Annual report on the lock hospitals of the Madras Presidency
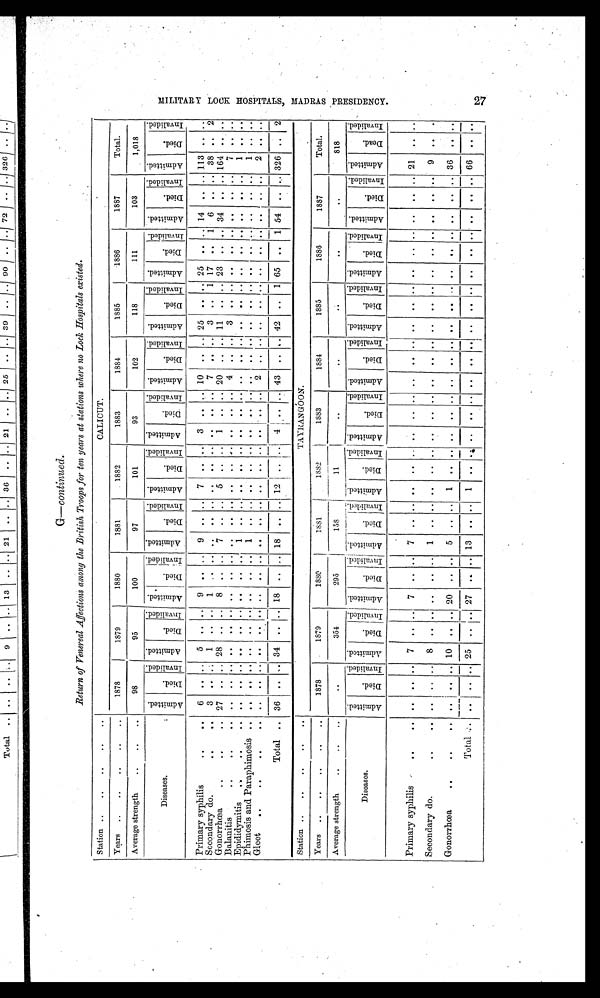
G—continued.
Return of Venereal Affections among the British Troops for ten years at stations where no Lock Hospitals existed.
S tation ..
..
. II .. ..
CALICUT.
Years ..
..
..
..
..
1878
1879
1880
1881
1882
1883
1884
1885
1886
1887
Total.
Average strength
..
..
..
98
95
100
97
101
93
102
118
111
103
1,018
Diseases .
. A d m i t t e d .
D i e d .
I n v a l i d e d .
A d m i t t e d .
Died.
I n v a l i d e d .
A d m i t t e d .
D i e d .
I n v a l i d e d . A d m i t t e d .
Died.
I n v a l i d e d .
A d m i t t e d .
D i e d .
I n v a l i d e d . I n v a l i d e d .
A d m i t t e d .
D i e d .
I n v a l i d e d .
A d m i t t e d .
Died.
I n v a l i d e d .
A d m i t t e d .
D i e d .
I n v a l i d e d . Ad mi t t e d .
Died.
I n v a l i d e d .
A d m i t t e d .
Di e d .
I n v a l i d e d . Admi t t ed.
D i e d .
I n v a l i d e d .
Primary syphilis
..
..
6
.. ..
5
.. ..
9
.. ..
9
.. ..
7
.. ..
3
. . . . 10
.. ..
25
. .
. . 25 ..
.. 14
.. .. 113
. .
. .
Secondary do.
..
..
3
. . ..
1
. .
. .
1 ..
. .
. . ..
. .
. .
. .
. .
. .
. .
. . 7
.. ..
3
. .
1 17 ..
1
6
.. ..
38 ..
5
Gonorrhœa
..
..
..
27
. .
28
..
. . 8 ..
. . 7
.. ..
5
.. ..
1
. .
. . 2
.. .. 11
. .
. . 23
..
.. 34
.. .. 164
. . . .
Balanitis
..
..
. .
. . ..
. . ..
. .
.. ..
. . . .
..
. .
..
. .
. . .
. .
. .
. . 4 .. ..
3
. .
. . ..
..
..
..
.. ..
. .
. . . .
Epididymitis
..
..
..
..
. . ..
. .
..
. .
..
..
. .
1
..
. . ..
..
. . ..
. . ..
..
.. .. ..
..
. . ..
.. ..
..
.. ..
1
. .
. .
Phimosis and Paraphimosis ..
. .
. . ..
. .
. .
. .
.. ..
. . 1
..
. .
..
. .
. .
. .
. .
. . ..
.. ..
..
. .
. .
..
..
..
..
.. ..
1
. .
. .
Gleet
..
..
..
. .
. . ..
. . ..
. . ..
..
. .
. . ..
. . ..
. .
. .
. .
. .
. . 2 .. ..
..
. .
. .
..
..
.. ..
.. ..
2
. . . .
Total ..
36
.. .. 34
.. .. 18
.. .. 18
.. .. 12
..
. .
. . .. .. 43
.. .. 42
..
1 65
..
1 54
.. .. 326 ..
5
Station ..
..
..
..
..
TAYRANGOON.
Years
..
..
..
..
..
1878
1879
1880
1881
1882
1883
1884
1885
1886
1887
Total.
Average strength
..
..
..
..
354
295
158
11
..
. .
. .
. .
..
818
D i s e a s e s .
A d m i t t e d .
D i e d .
I nval i ded.
A d m i t t e d .
Died.
I n v a l i d e d .
A d m i t t e d .
D i e d . I n v a l i d e d .
A d m i t t e d .
D i e d . I n v a l i d e d .
A d m i t t e d . D i e d .
I n v a l i d e d . A d m i t t e d .
D i e d .
I n v a l i d e d .
A d m i t t e d .
Di e d .
I nval i ded. Ad mi t t e d .
D i e d
.
I n v a l i d e d
.
Ad mi t t e d .
D i e d
. I nval i ded.
A d m i t t e d .
D i e d .
I nval i ded. Admi t t ed.
D i e d .
I n v a l i d e d .
Primary syphilis . .. ..
. . .. ..
7
. .
. . 7
..
. . 7 ..
. . ..
. . .. ..
. .
. . ..
.. ..
..
..
. . ,.
.. .. ..
.. .. 21
. .
. .
Secondary do.
.. ..
. .
. . ..
8
..
. . .. ..
. . 1 ..
. . ..
. . ..
. . ..
. . ..
.. .. ..
..
. . ..
..
.. ..
.. ..
9
. .
. .
Gonorrhœa
..
..
..
. .
.. ..
1 0
. .
. . 20
..
. . 5
.. ..
1
..
. . ..
. .
. . ..
.. ..
..
..
. . ..
..
..
..
.. .. 36
..
. .
Total
. .
..
. . .
25
.. .. 27
..
.. 13 .. ..
1
. . . .
. .
. . . .
..
..
..
..
. .
. .
. .
..
.. ..
..
.. ..
. .
. .
M I L I T A R Y L O C K H O S P I T A L S , M A D R A S P R E S I D E N C Y .
27